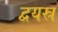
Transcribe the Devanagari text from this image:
द्वयस्र